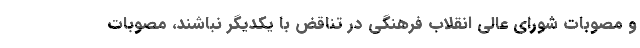
و مصوبات شورای عالی انقلاب فرهنگی در تناقض با یکدیگر نباشند، مصوبات